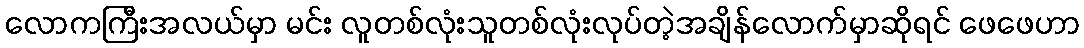
လောကကြီးအလယ်မှာ မင်း လူတစ်လုံးသူတစ်လုံးလုပ်တဲ့အချိန်လောက်မှာဆိုရင် ဖေဖေဟာ